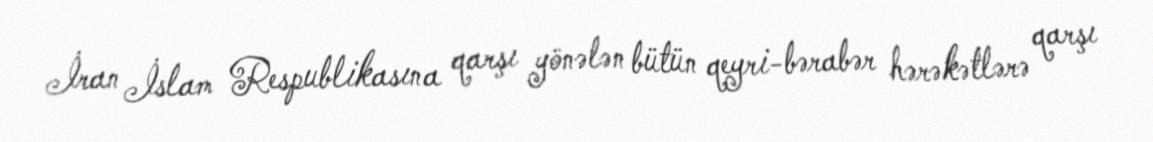
İran İslam Respublikasına qarşı yönələn bütün qeyri-bərabər hərəkətlərə qarşı